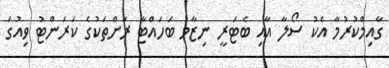
ގާއިމްކުރުމާ އެކު ސޯލާ އާއި ބެޓަރީ ނިޒާމު ބަހައްޓާ ރަށްތަކުގެ ކަރަންޓު ވިއުގަ